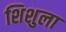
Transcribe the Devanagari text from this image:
शिशुला